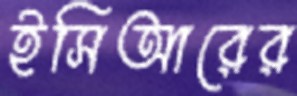
ইসিআরের